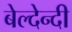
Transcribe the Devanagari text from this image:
बेल्देन्दी